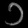
Digit: ၁